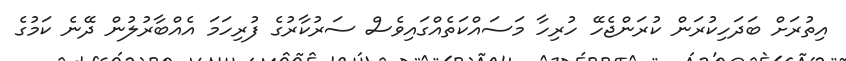
އިތުރަށް ބަދަހިކުރަން ކުރަންޖެހޭ ހުރިހާ މަސައްކަތެއްގައިވެސް ސަރުކާރުގެ ފުރިހަމަ އެއްބާރުލުން ދޭނެ ކަމުގެ